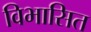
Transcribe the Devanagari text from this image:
विभासित